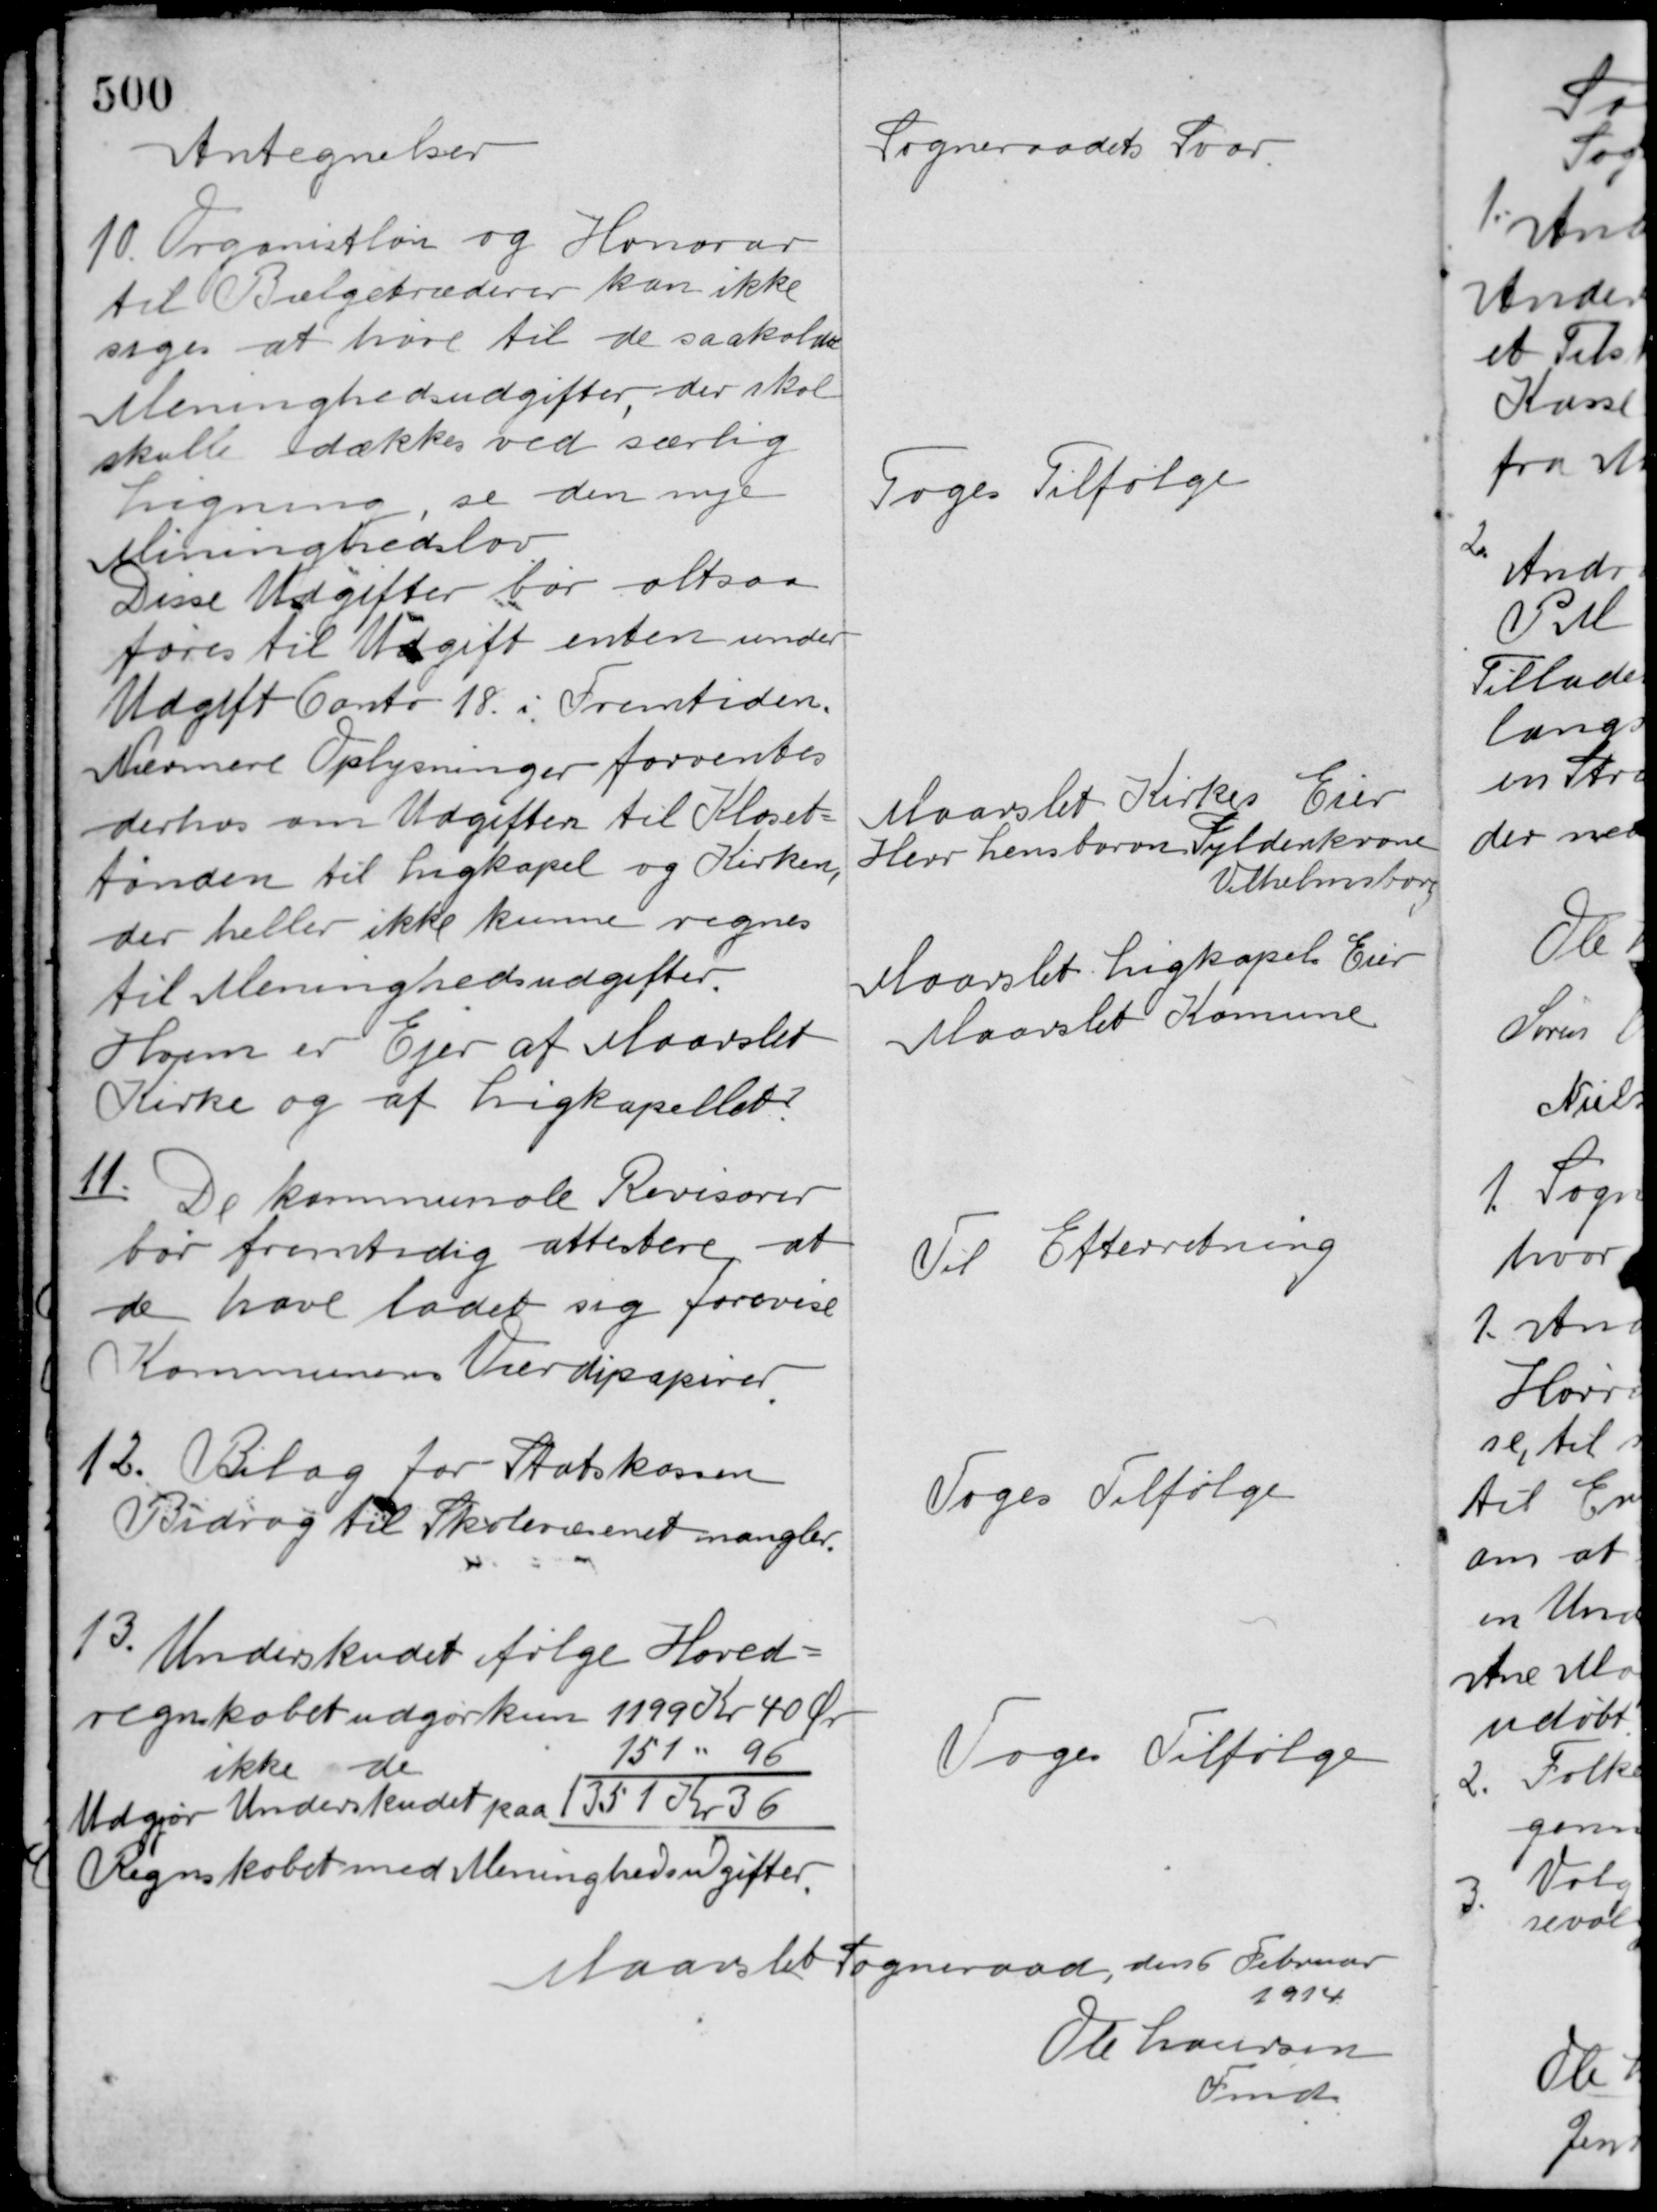
Transskription:
Antegnelser

Sogneraadets Svar

10. Organistløn og Honorar
til Bælgetræderer kan ikke
siges at høre til de saakaldte
Meninghedsudgifter, der skal
skulle dækkes ved særlig
Ligning, se den nye
Meninghedslov.
Disse Udgifter bør altsaa
føres til Udgift enten under
Udgift Conto 18. i Fremtiden.

Toges Tilfølge

Nærmere Oplysninger forventes
derhos om Udgiften til Kloset-
tønden til Ligkapel og Kirken,
der heller ikke kunne regnes
til Meninghedsudgifter.
Hvem er Ejer af Maarslet
Kirke og af Ligkapellet?

Maarslet Kirkes Eier
Herr Lensbaron Gyldenkrone
Vilhelmsborg
Maarslet Ligkapel Eier
Maarslet Kommune

11. De kommunale Revisorer
bør fremtidig attestere, at
de have ladet sig forevise
Kommunens Værdipapirer.

Til Efterretning

12. Bilag for Statskassens
Bidrag til Skolevæsenet mangler.

Toges Tilfølge

13.
Underskudet ifølge Hoved-
regnskabet udgør kun 1199 Kr. 40 Øre
ikke de
151 " 96
Udgør Underskudet paa 1351 Kr. 36
Regnskabet med Meninghedsudgifter.

Toges Tilfølge

Maarslet Sogneraad, den 6 Februar
1914
Ole Laursen
Fmd.